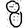
Digit: 8